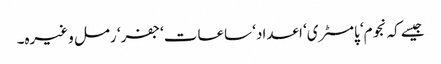
جیسے کہ نجوم‘ پامسٹری‘ اعداد‘ ساعات‘ جفر‘ رمل وغیرہ۔